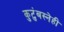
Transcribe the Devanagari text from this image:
कुटुंबस्नेही